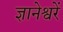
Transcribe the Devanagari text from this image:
ज्ञानेश्वरें